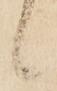
候